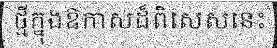
ថ្មីក្នុងឱកាសដ៏ពិសេសនេះ